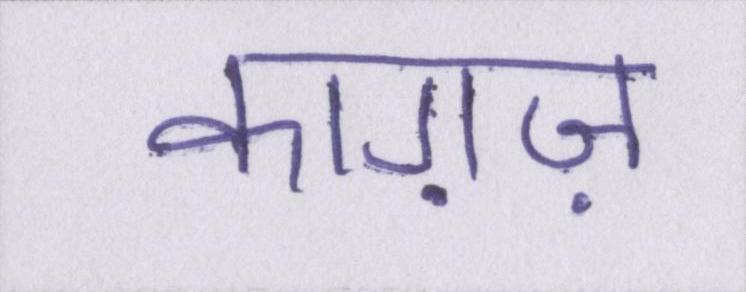
काग़ज़